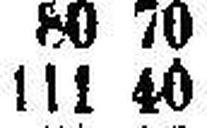
111 40